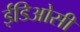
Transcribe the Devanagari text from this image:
ईडिओसी